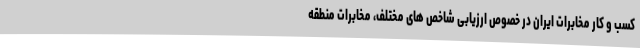
کسب و کار مخابرات ایران در خصوص ارزیابی شاخص های مختلف، مخابرات منطقه